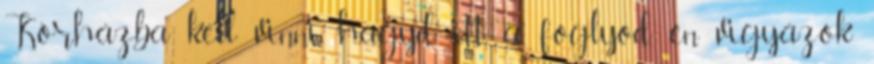
Kórházba kell vinni, hagyd itt a foglyod, én vigyázok